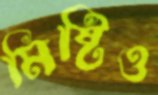
মিষ্টিও